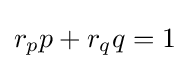
r_{p}p+r_{q}q=1